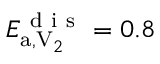
E _ { \mathrm { a } , \mathrm { V } _ { 2 } } ^ { \mathrm { ~ d ~ i ~ s ~ } } = 0 . 8